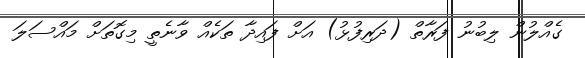
ގެއްލުން ލިބުނު ފަރާތް (ދަރިފުޅު) އަށް ފައިދާ ތަކެއް ވާނެތީ މިގޮތަށް މައްސަލަ